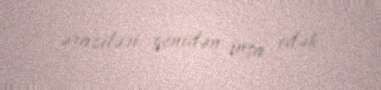
əraziləri yenidən inşa edək.